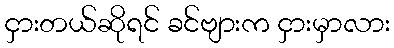
ငှားတယ်ဆိုရင် ခင်ဗျားက ငှားမှာလား